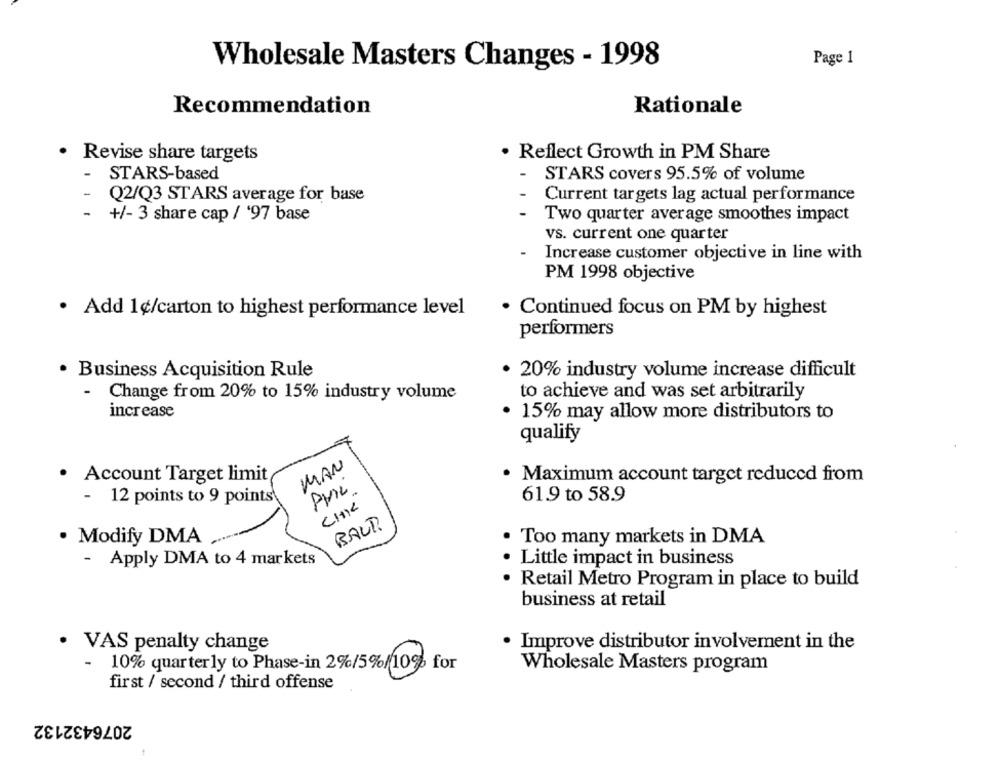
Page 1
Wholesale Masters Changes - 1998
Recommendation
Rationale
· Revise share targets
. Reflect Growth in PM Share
-
STARS-based
-
STARS covers 95.5% of volume
-
Q2/Q3 STARS average for base
Current targets lag actual performance
-
+/- 3 share cap / '97 base
Two quarter average smoothes impact
vs. current one quarter
Increase customer objective in line with
PM 1998 objective
· Add 1¢/carton to highest performance level
Continued focus on PM by highest
performers
Business Acquisition Rule
· 20% industry volume increase difficult
- Change from 20% to 15% industry volume
to achieve and was set arbitrarily
increase
15% may allow more distributors to
qualify
MAN
· Account Target limit
Maximum account target reduced from
PHIL
-
12 points to 9 points
61.9 to 58.9
BALT.
· Modify DMA
Too many markets in DMA
- Apply DMA to 4 markets
· Little impact in business
Retail Metro Program in place to build
business at retail
· VAS penalty change
Improve distributor involvement in the
- 10% quarterly to Phase-in 2%/5%/10% for
Wholesale Masters program
first / second / third offense
2076432132